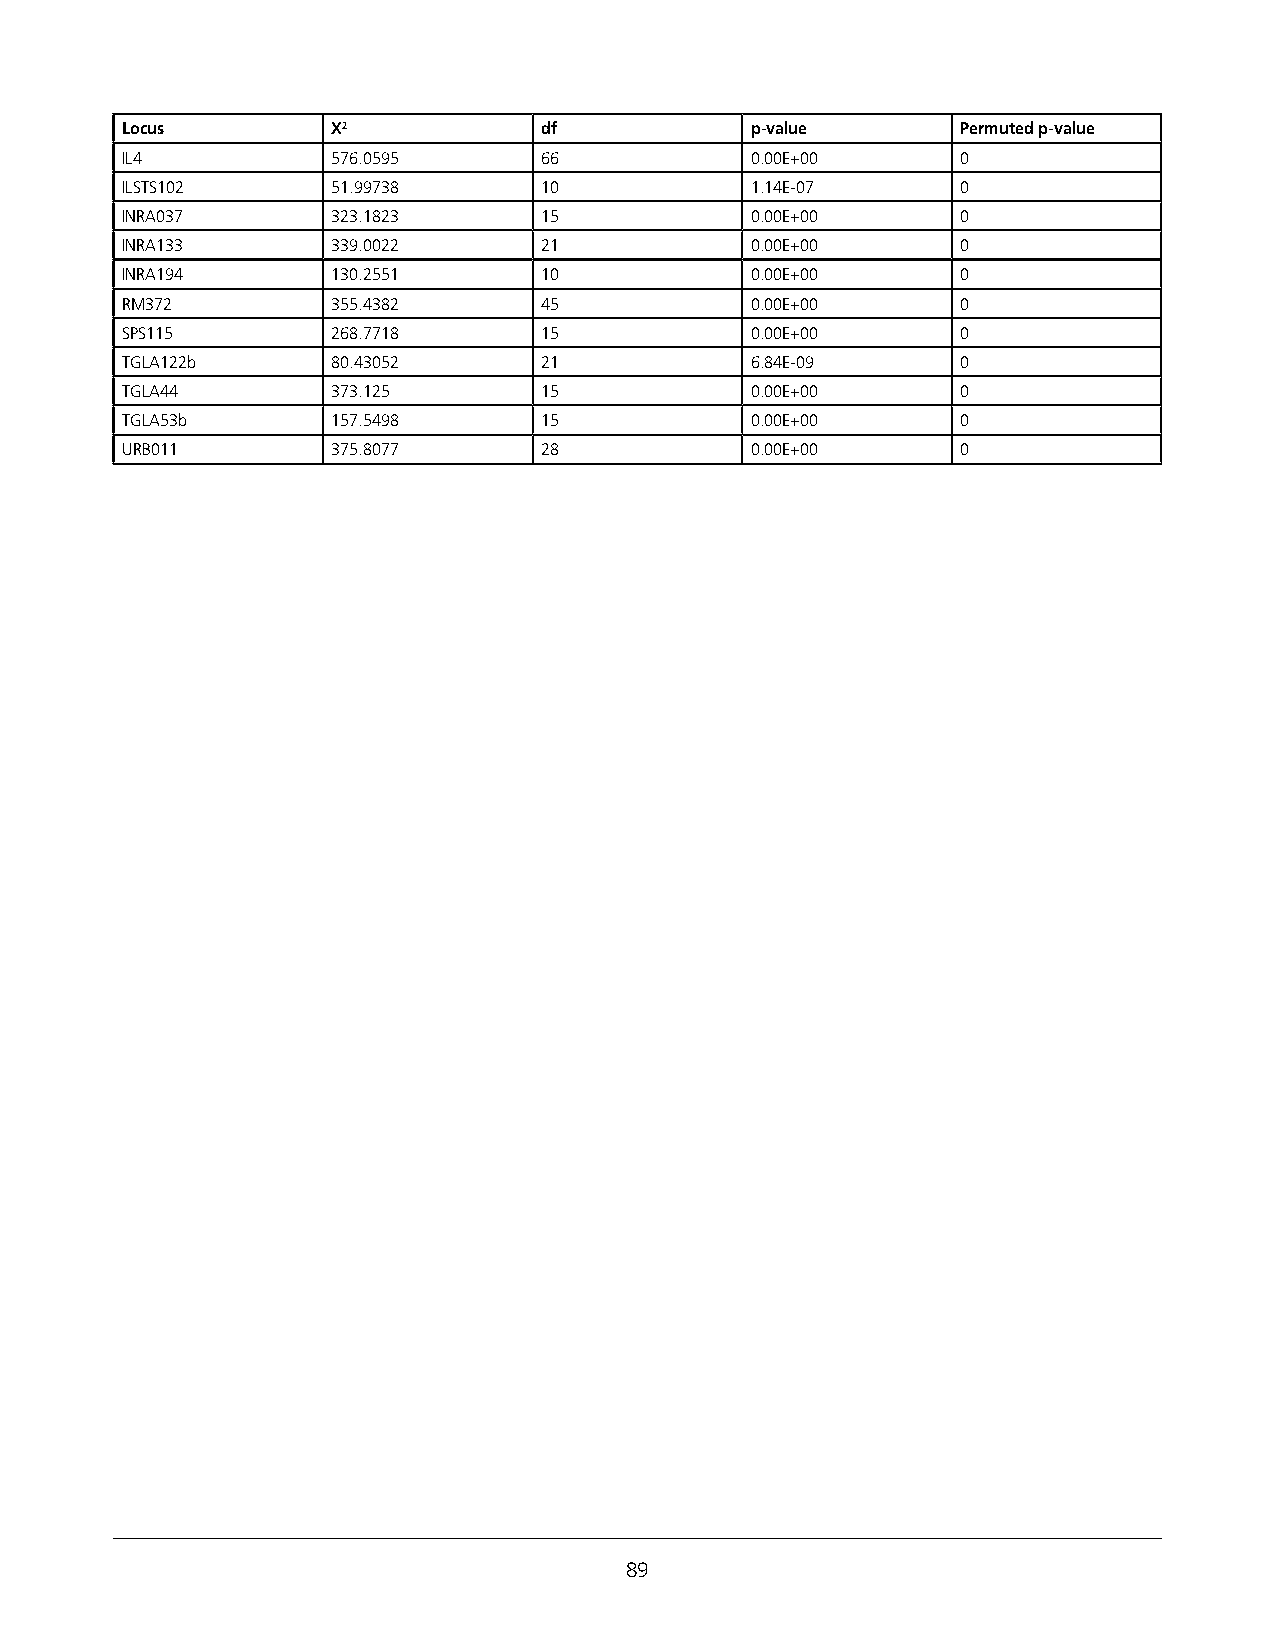
Locus         X2            df            p-value       Permuted p-value
 IL4           576.0595      66            0.00E+00      0
 ILSTS102      51.99738      10            1.14E-07      0
 INRA037       323.1823      15            0.00E+00      0
 INRA133       339.0022      21            0.00E+00      0
 INRA194       130.2551      10            0.00E+00      0
 RM372         355.4382      45            0.00E+00      0
 SPS115        268.7718      15            0.00E+00      0
 TGLA122b      80.43052      21            6.84E-09      0
 TGLA44        373.125       15            0.00E+00      0
 TGLA53b       157.5498      15            0.00E+00      0
 URB011        375.8077      28            0.00E+00      0
 89